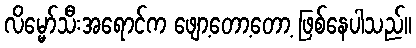
လိမ္မော်သီးအရောင်က ဖျော့တော့တော့ ဖြစ်နေပါသည်။